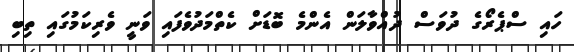
ހައި ސްޕެރޯގެ ދުވަސް ދުއްވާލަން އެންމެ ބޮޑަށް ކެތްމަދުވެފައި ވަނީ ވެރިކަމުގައި ތިބި